Lunatic asylums Madras 1877-1891 - 1877-1891
Year: 1877
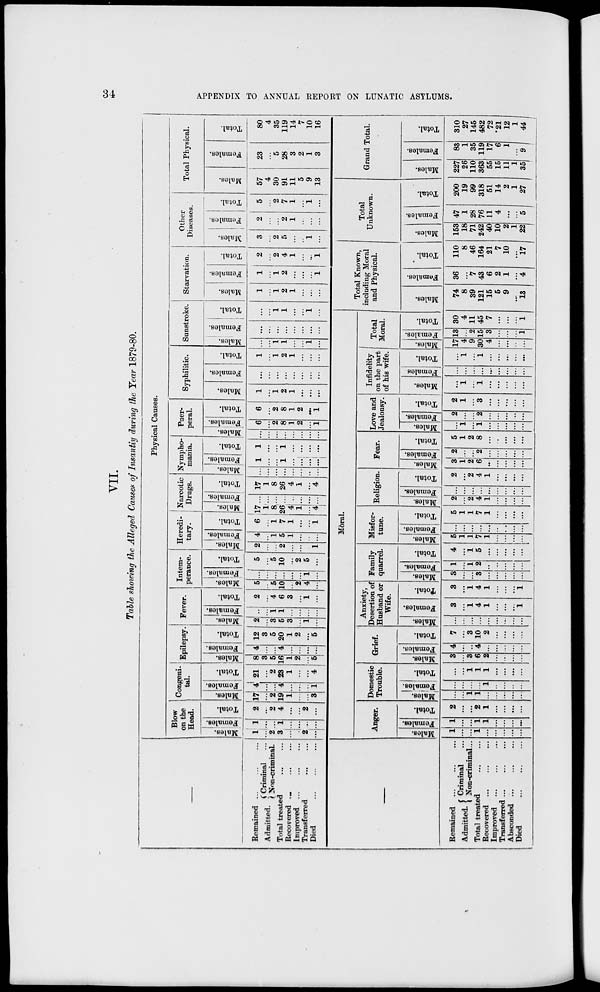
34
APPENDIX TO ANNUAL REPORT ON LUNATIC ASYLUMS.
VII.
Table showing the Alleged Causes of Insanity during the Year 1879-80.
—
Remained
...
...
...
Admitted. Criminal ...
Non-criminal.
Total treated
...
...
Recovered ...
...
...
Improved ... ... ...
Transferred
...
...
Died
...
...
...
Physical Causes.
Blow
on the
Head.
Males.
1
...
2
3
...
...
2
...
Females.
1
...
...
1
...
...
...
...
Total.
2
...
2
4
...
...
2
...
Congeni-
tal.
Males.
17
...
2
19
1
...
...
3
Females.
4
...
...
4
...
...
...
1
Total.
21
...
2
23
1
...
...
4
Epilepsy.
Males.
8
3
5
16
1
2
...
5
Females.
4
...
...
4
...
...
...
...
Total.
12
3
5
20
1
2
...
5
Fever.
Males.
2
...
3
5
3
...
1
...
Females.
...
...
1
1
...
...
...
...
Total.
2
...
4
6
3
...
1
...
Intem-
perance.
Males.
5
...
5
10
...
2
4
...
Females.
...
...
...
...
...
...
1
...
Total.
5
...
5
10
...
2
5
...
Heredi-
tary.
Males.
2
...
...
2
...
...
...
1
Females.
4
...
1
5
1
...
...
...
Total.
6
...
1
7
1
...
...
1
Narcotic
Drugs.
Males.
17
1
8
26
4
1
...
4
Females.
...
...
...
...
...
...
...
...
Total.
17
1
8
26
4
1
...
4
Nympho-
mania.
Males.
...
...
...
...
...
...
...
...
Females.
1
...
...
1
...
...
...
...
Total.
1
...
...
1
...
...
...
...
Puer-
peral.
Males.
...
...
...
...
...
...
...
...
Females.
6
...
2
8
1
2
...
1
Total.
6
...
2
8
1
2
...
1
Syphilitic.
Males.
1
...
1
2
1
...
...
...
Females.
...
...
...
...
...
...
...
...
Total.
1
...
1
2
1
...
...
...
Sunstroke.
Males.
...
...
1
1
...
...
1
...
Females.
...
...
...
...
...
...
...
...
Total.
...
...
1
1
...
...
1
...
Starvation.
Males.
1
...
1
2
1
...
...
...
Females.
1
...
1
2
...
...
...
1
Total.
2
...
2
4
1
...
...
1
Other
Diseases.
Males.
3
...
2
5
...
...
1
...
Females.
2
...
...
2
1
...
...
...
Total.
5
...
2
7
1
...
1
...
Total Physical.
Males.
57
4
30
91
11
5
9
13
Females.
23
...
5
28
3
2
1
3
Total.
80
4
35
119
14
7
10
16
—
Remained
...
...
...
Admitted. Criminal ...
Non-criminal...
Total treated
...
...
Recovered
...
...
...
Improved
...
...
...
Transferred
...
...
...
Absconded
...
...
...
Died
...
...
...
Moral.
Anger.
Males.
1
...
...
1
...
...
...
...
...
Females.
1
...
...
1
1
...
...
...
...
Total.
2
...
...
2
1
...
...
...
...
Domestic
Trouble.
Males.
...
...
1
1
...
...
...
...
...
Females.
...
...
...
...
1
...
...
...
...
Total.
...
...
1
1
1
...
...
...
...
Grief.
Males.
3
...
3
6
2
...
...
...
...
Females.
4
...
...
4
...
...
...
...
...
Total.
7
...
3
10
2
...
...
...
...
Anxiety,
Desertion of
Husband or
Wife.
Males.
...
...
...
...
...
...
...
...
...
Females.
3
...
1
4
1
...
...
...
1
Total.
3
...
1
4
1
...
...
...
1
Family
quarrel.
Males.
3
...
...
3
...
...
...
...
...
Females.
1
...
1
2
...
...
...
...
...
Total.
4
...
1
5
...
...
...
...
...
Misfor-
tune.
Males.
5
1
1
7
1
...
...
...
...
Females.
...
...
...
...
...
...
...
...
...
Total.
5
1
1
7
1
...
...
...
...
Religion.
Males.
2
...
2
4
1
...
...
...
...
Females.
...
...
...
...
...
...
...
...
...
Total.
2
...
2
4
1
...
...
...
...
Fear.
Males.
3
1
2
6
...
...
...
...
...
Females.
2
...
...
2
...
...
...
...
...
Total.
5
1
2
8
...
...
...
...
...
Love and
Jealousy.
Males.
...
1
...
1
...
...
...
...
...
Females.
2
...
...
2
...
...
...
...
...
Total.
2
1
...
3
...
...
...
...
...
Infidelity
on the part
of his wife.
Males.
...
1
...
1
...
...
...
...
...
Females
...
...
...
...
...
...
...
...
...
Total.
...
1
...
1
...
...
...
...
...
Total
Moral.
Males.
17
4
9
30
4
...
...
...
...
Females.
13
...
2
15
3
...
...
...
1
Total.
30
4
11
45
7
...
...
...
1
Total Known,
including Moral
and Physical.
Males.
74
8
39
121
15
5
9
...
13
Females.
36
...
7
43
6
2
1
...
4
Total.
110
8
46
164
21
7
10
...
17
Total
Unknown.
Males.
153
18
71
242
40
10
2
1
22
Females.
47
1
28
76
11
4
...
...
5
Total.
200
19
99
318
51
14
2
1
27
Grand Total.
Males.
227
26
110
363
55
15
11
1
35
Females.
83
1
35
119
17
6
1
...
9
Total.
310
27
145
482
72
21
12
1
44